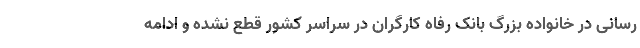
رسانی در خانواده بزرگ بانک رفاه کارگران در سراسر کشور قطع نشده و ادامه